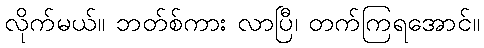
လိုက်မယ်။ ဘတ်စ်ကား လာပြီ၊ တက်ကြရအောင်။